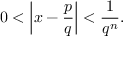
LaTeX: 0 < \left| x - { \frac { p } { q } } \right| < { \frac { 1 } { q ^ { n } } } .